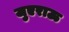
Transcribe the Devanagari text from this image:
जुएराऊ